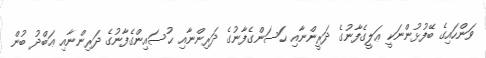
ވަންހައިގެ ބޭފުޅުންނަކީ ޢަލީގެފާނުގެ ދަރީންނާއި ޙަސަންގެފާނުގެ ދަރިންނާއި ޙުސައިންގެފާނުގެ ދަރިންނާއި ޢަބްދު ބުން